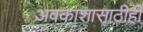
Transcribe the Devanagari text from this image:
अवकाशासाठीही